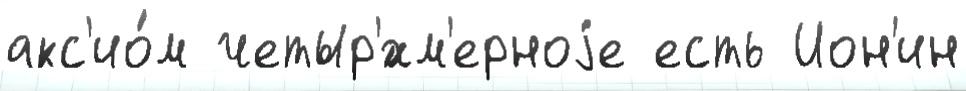
акс'ио́м четыр'́хм'ерноjе есть Ион'ин